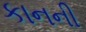
કાનની